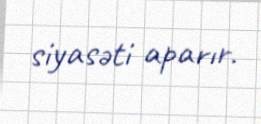
siyasəti aparır.